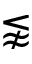
\lnapprox